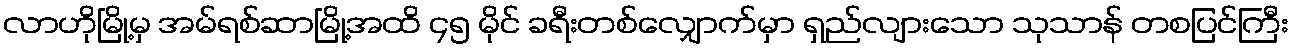
လာဟိုမြို့မှ အမ်ရစ်ဆာမြို့အထိ ၄၅ မိုင် ခရီးတစ်လျှောက်မှာ ရှည်လျားသော သုသာန် တစပြင်ကြီး